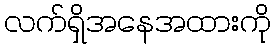
လက်ရှိအနေအထားကို